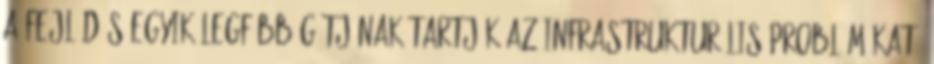
a fejlôdés egyik legfôbb gátjának tartják az infrastrukturális problémákat: